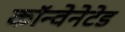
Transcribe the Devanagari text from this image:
कॉन्वेनेटेड